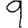
Digit: 9